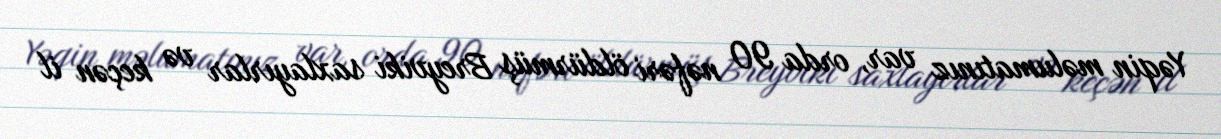
Yəqin məlumatınız var, orda 90 nəfəri öldürmüş Breyviki saxlayırlar və keçən il